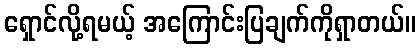
ရှောင်လို့ရမယ့် အကြောင်းပြချက်ကိုရှာတယ်။